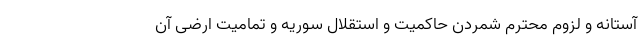
آستانه و لزوم محترم شمردن حاکمیت و استقلال سوریه و تمامیت ارضی آن